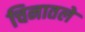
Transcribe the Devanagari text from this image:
चिनातले